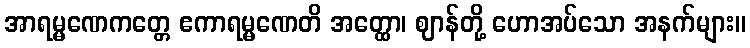
အာရမ္မဏေကတ္တေ ဧကာရမ္မဏေတိ အတ္ထော၊ ဈာန်တို့ ဟောအပ်သော အနက်များ။